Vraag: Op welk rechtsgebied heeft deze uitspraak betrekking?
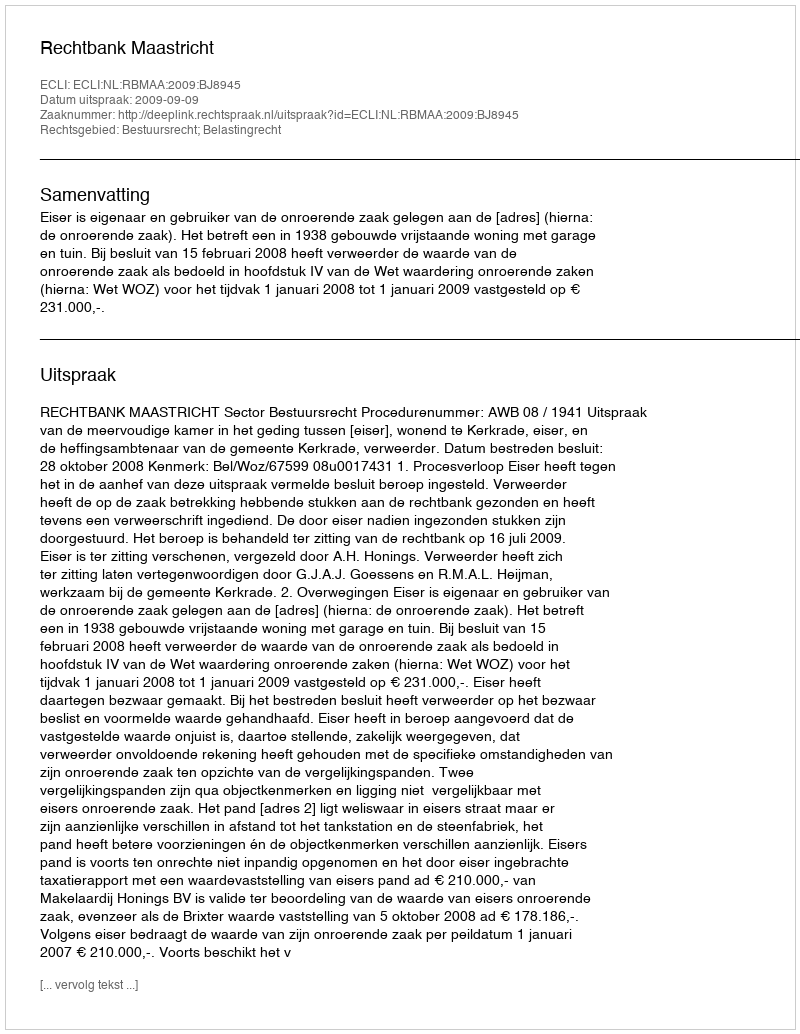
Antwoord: Bestuursrecht; Belastingrecht